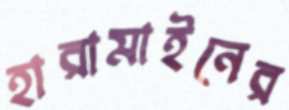
হারামাইনের